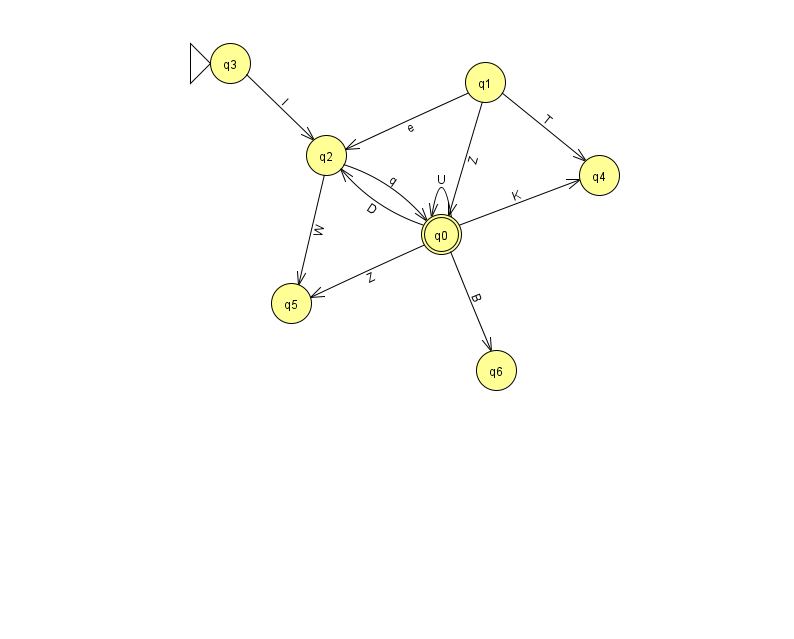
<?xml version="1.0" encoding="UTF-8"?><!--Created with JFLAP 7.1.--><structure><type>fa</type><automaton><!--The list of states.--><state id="0" name="q0"><x>441.0</x><y>221.0</y><final/></state><state id="1" name="q1"><x>485.0</x><y>69.0</y></state><state id="2" name="q2"><x>326.0</x><y>142.0</y></state><state id="3" name="q3"><x>230.0</x><y>50.0</y><initial/></state><state id="4" name="q4"><x>599.0</x><y>162.0</y></state><state id="5" name="q5"><x>291.0</x><y>290.0</y></state><state id="6" name="q6"><x>496.0</x><y>357.0</y></state><!--The list of transitions.--><transition><from>2</from><to>5</to><read>W</read></transition><transition><from>3</from><to>2</to><read>l</read></transition><transition><from>0</from><to>6</to><read>B</read></transition><transition><from>1</from><to>0</to><read>Z</read></transition><transition><from>0</from><to>0</to><read>U</read></transition><transition><from>0</from><to>5</to><read>Z</read></transition><transition><from>1</from><to>2</to><read>e</read></transition><transition><from>1</from><to>4</to><read>T</read></transition><transition><from>2</from><to>0</to><read>q</read></transition><transition><from>0</from><to>4</to><read>K</read></transition><transition><from>0</from><to>2</to><read>D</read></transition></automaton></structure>